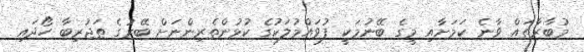
މުބާރާތައް ވާނެ ކަމަށާއި މީގެ ބޭނުމަކީ ފުވައްމުލަކުގެ ކުޅުންތެރިންނަށް ބޭރުގެ ތަޖުރިބާ ހޯދައި